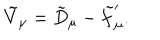
\tilde { V } _ { \mu } = \tilde { D } _ { \mu } - \tilde { f } _ { \mu } ^ { \prime } .